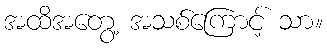
အထိအတွေ့ အသစ်ကြောင့် သာ။